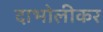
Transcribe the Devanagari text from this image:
दाभोलीकर